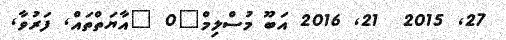
27